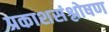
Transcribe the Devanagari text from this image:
प्रकाशसंश्लोषण